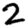
Digit: 2